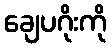
ချေပဂိုးကို